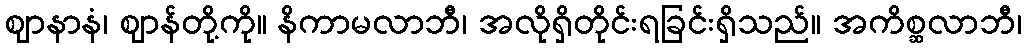
ဈာနာနံ၊ ဈာန်တို့ကို။ နိကာမလာဘီ၊ အလိုရှိတိုင်းရခြင်းရှိသည်။ အကိစ္ဆလာဘီ၊